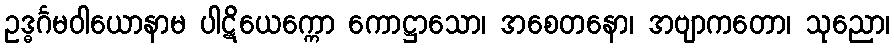
ဥဒ္ဓင်္ဂမဝါယောနာမ ပါဋိယေက္ကော ကောဋ္ဌာသော၊ အစေတနော၊ အဗျာကတော၊ သုညော၊